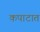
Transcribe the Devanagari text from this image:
कपाटात